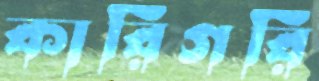
কারিগরি